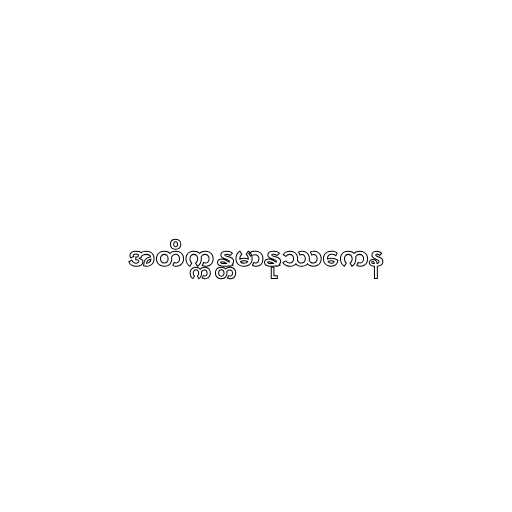
အတိက္ကန္တမာနုဿကေန